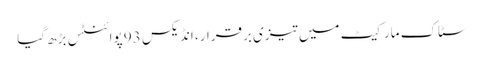
سٹاک مارکیٹ میں تیزی برقرار، انڈیکس 93 پوائنٹس بڑھ گیا